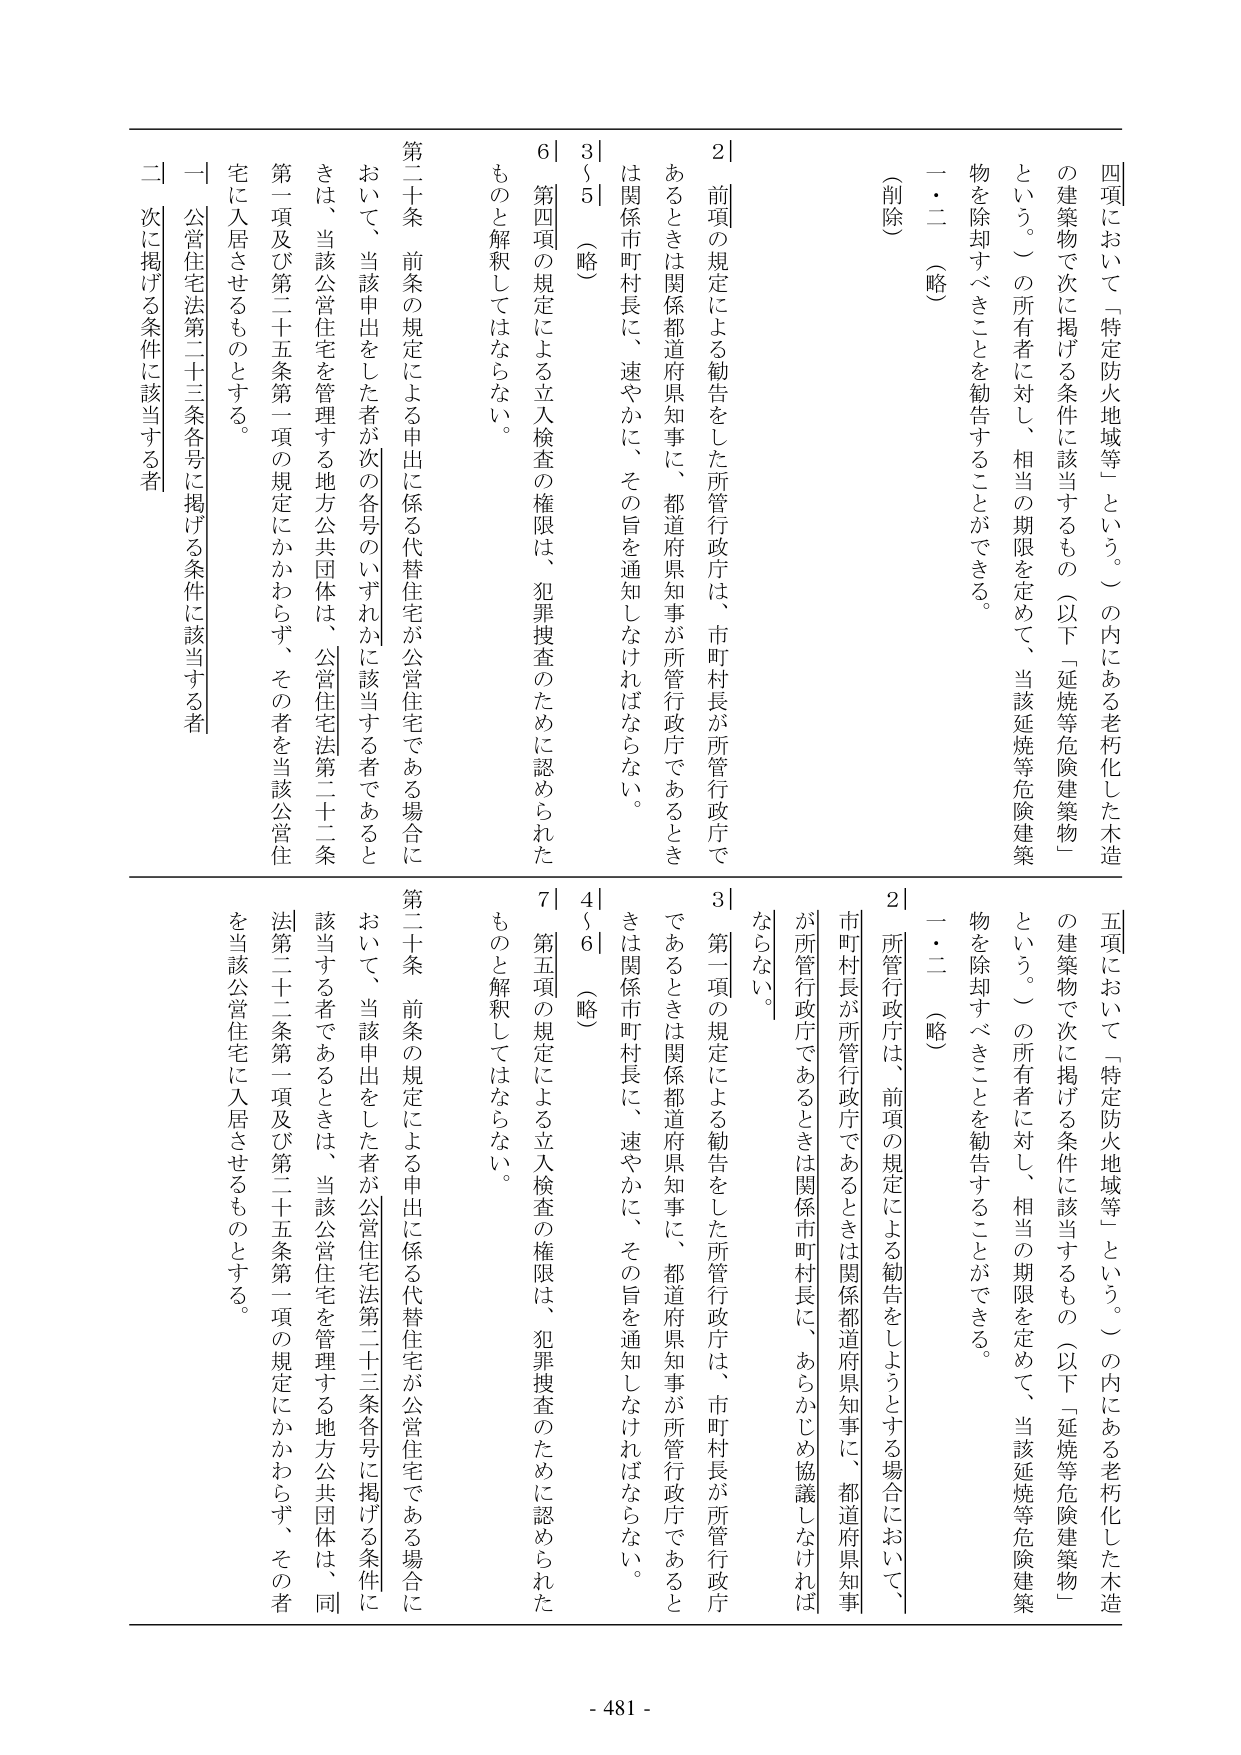
四項において「特定防火地域等」という。）の内にある老朽化した木造の建築物で次に掲げる条件に該当するもの（以下「延焼等危険建築物」という。）の所有者に対し、相当の期限を定めて、当該延焼等危険建築物を除却すべきことを勧告することができる。

一・二（略）

（削除）

2｜前項の規定による勧告をした所管行政庁は、市町村長が所管行政庁であるときは関係都道府県知事に、都道府県知事が所管行政庁であるときは関係市町村長に、速やかに、その旨を通知しなければならない。

3｜5（略）

6｜第四項の規定による立入検査の権限は、犯罪捜査のために認められたものと解釈してはならない。

第二十条 前条の規定による申出に係る代替住宅が公営住宅である場合において、当該申出をした者が次の各号のいずれかに該当する者であるときは、当該公営住宅を管理する地方公共団体は、公営住宅法第二十二条第一項及び第二十五条第一項の規定にかかわらず、その者を当該公営住宅に入居させるものとする。

一 公営住宅法第二十三条各号に掲げる条件に該当する者

二 次に掲げる条件に該当する者

五項において「特定防火地域等」という。）の内にある老朽化した木造の建築物で次に掲げる条件に該当するもの（以下「延焼等危険建築物」という。）の所有者に対し、相当の期限を定めて、当該延焼等危険建築物を除却すべきことを勧告することができる。

一・二（略）

2｜所管行政庁は、前項の規定による勧告をしようとする場合において、市町村長が所管行政庁であるときは関係都道府県知事に、都道府県知事が所管行政庁であるときは関係市町村長に、あらかじめ協議しなければならない。

3｜第一項の規定による勧告をした所管行政庁は、市町村長が所管行政庁であるときは関係都道府県知事に、都道府県知事が所管行政庁であるときは関係市町村長に、速やかに、その旨を通知しなければならない。

4｜6（略）

7｜第五項の規定による立入検査の権限は、犯罪捜査のために認められたものと解釈してはならない。

第二十条 前条の規定による申出に係る代替住宅が公営住宅である場合において、当該申出をした者が公営住宅法第二十三条各号に掲げる条件に該当する者であるときは、当該公営住宅を管理する地方公共団体は、同法第二十二条第一項及び第二十五条第一項の規定にかかわらず、その者を当該公営住宅に入居させるものとする。

- 481 -